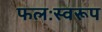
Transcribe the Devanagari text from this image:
फलःस्वरूप